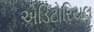
એડિટોરિયલ